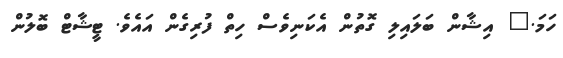
ހަމަ." އިޝާން ބަލައިލި ގޮތުން އެކަނިވެސް ހިތް ފުރިގެން އައެވެ. ޓީޝާޓް ބޮލުން